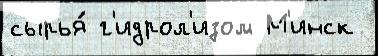
сырья́ г'идрол'изом М'инск